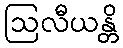
ဩလီယန္တိ